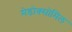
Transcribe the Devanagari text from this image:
मेडोक्सोमिल